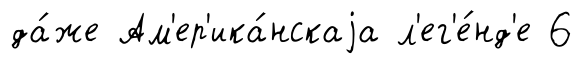
да́же Ам'ер'ика́нскаjа л'ег'е́нд'е 6